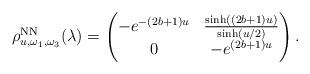
LaTeX: \begin{align*} \rho^{\rm{NN}}_{u,\omega_1,\omega_3}(\lambda) = \begin{pmatrix} -e^{-(2b+1)u} & \frac{\sinh((2b+1)u)}{\sinh(u/2)}\\ 0 & -e^{(2b+1)u} \end{pmatrix}.\end{align*}